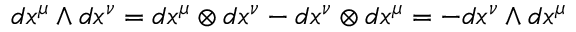
d x ^ { \mu } \wedge d x ^ { \nu } = d x ^ { \mu } \otimes d x ^ { \nu } - d x ^ { \nu } \otimes d x ^ { \mu } = - d x ^ { \nu } \wedge d x ^ { \mu }